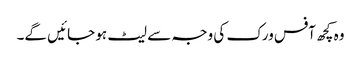
وہ کچھ آفس ورک کی وجہ سے لیٹ ہو جائیں گے۔